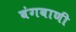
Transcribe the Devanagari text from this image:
बंगबाणी